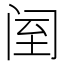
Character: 𨸅